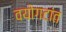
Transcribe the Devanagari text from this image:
वयोगटांत